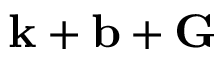
\mathbf { k } + \mathbf { b } + \mathbf { G }